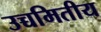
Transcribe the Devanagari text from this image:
उच्चमितीय